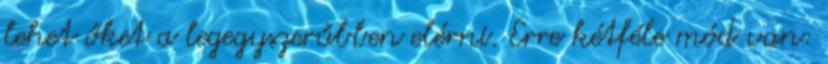
lehet őket a legegyszerűbben elérni. Erre kétféle mód van: